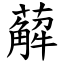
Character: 薢